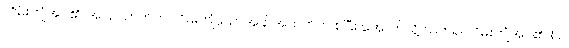
လိမ်းကျံအပ်၏၊ အပြင် ဘက်က လိမ်းကျံသောအခါ အထက်က စပြီး အောက်သို့ သက်၍ လိမ်းကျံအပ်၏၊ ( ဥ